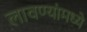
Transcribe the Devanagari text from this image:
लावण्यांमध्ये